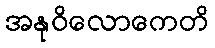
အနုဝိလောကေတိ